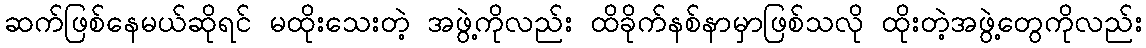
ဆက်ဖြစ်နေမယ်ဆိုရင် မထိုးသေးတဲ့ အဖွဲ့ကိုလည်း ထိခိုက်နစ်နာမှာဖြစ်သလို ထိုးတဲ့အဖွဲ့တွေကိုလည်း